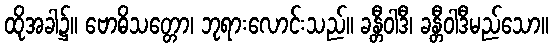
ထိုအခါ၌။ ဗောဓိသတ္တော၊ ဘုရားလောင်းသည်။ ခန္တီဝါဒီ၊ ခန္တီဝါဒီမည်သော။